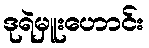
ဒုရဲမှူးဟောင်း